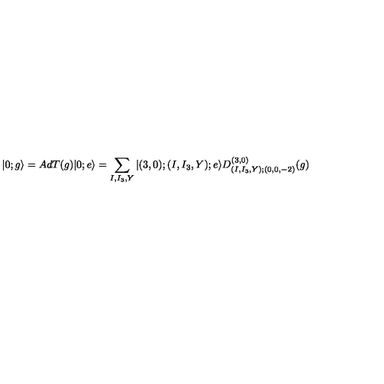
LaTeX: | 0 ; g \rangle = A d T ( g ) | 0 ; e \rangle = \sum _ { I , I _ { 3 } , Y } | ( 3 , 0 ) ; ( I , I _ { 3 } , Y ) ; e \rangle D _ { ( I , I _ { 3 } , Y ) ; ( 0 , 0 , - 2 ) } ^ { ( 3 , 0 ) } ( g )